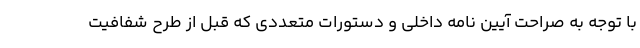
با توجه به صراحت آیین نامه داخلی و دستورات متعددی که قبل از طرح شفافیت